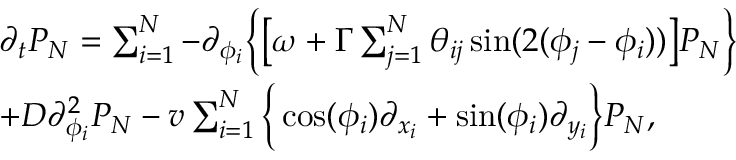
\begin{array} { r l } & { \partial _ { t } P _ { N } = \sum _ { i = 1 } ^ { N } - \partial _ { \phi _ { i } } \bigg \{ \big [ \omega + \Gamma \sum _ { j = 1 } ^ { N } \theta _ { i j } \sin ( 2 ( \phi _ { j } - \phi _ { i } ) ) \big ] P _ { N } \bigg \} } \\ & { + D \partial _ { \phi _ { i } } ^ { 2 } P _ { N } - v \sum _ { i = 1 } ^ { N } \bigg \{ \cos ( \phi _ { i } ) \partial _ { x _ { i } } + \sin ( \phi _ { i } ) \partial _ { y _ { i } } \bigg \} P _ { N } , } \end{array}